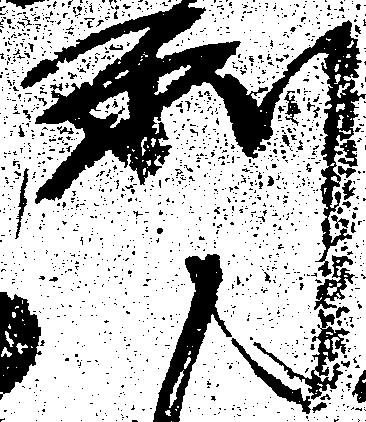
利